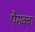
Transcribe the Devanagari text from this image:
पैसक्वा